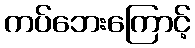
ကပ်ဘေးကြောင့်